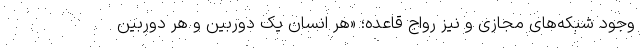
وجود شبکه‌های مجازی و نیز رواج قاعده؛ «هر انسان یک دوربین و هر دوربین